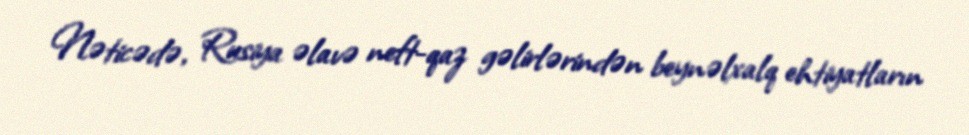
Nəticədə, Rusiya əlavə neft-qaz gəlirlərindən beynəlxalq ehtiyatların